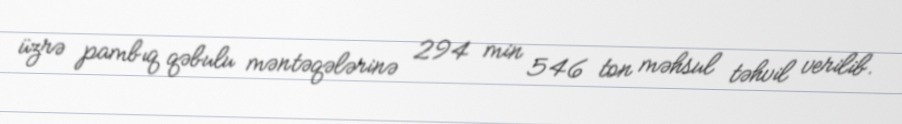
üzrə pambıq qəbulu məntəqələrinə 294 min 546 ton məhsul təhvil verilib.